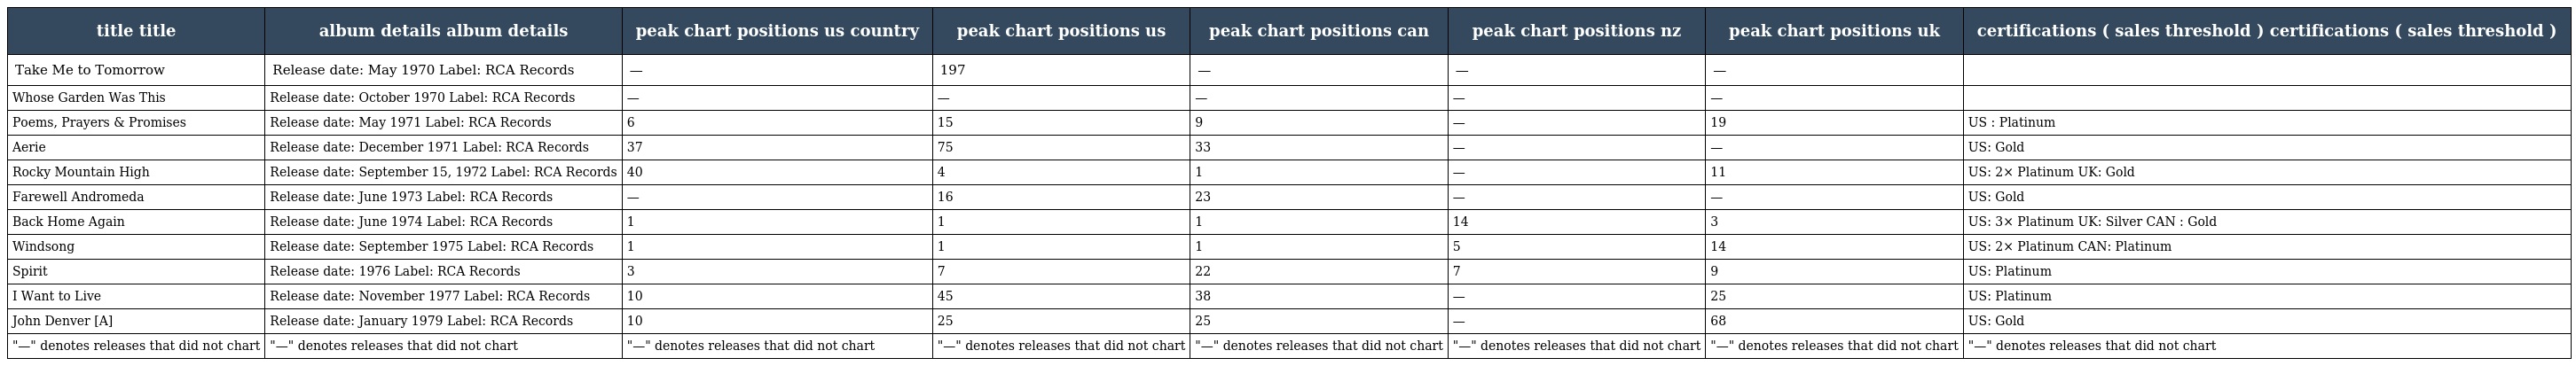
| title title | album details album details | peak chart positions us country | peak chart positions us | peak chart positions can | peak chart positions nz | peak chart positions uk | certifications ( sales threshold ) certifications ( sales threshold ) |
 | --- | --- | --- | --- | --- | --- | --- | --- |
 | Take Me to Tomorrow | Release date: May 1970 Label: RCA Records | — | 197 | — | — | — |  |
 | Whose Garden Was This | Release date: October 1970 Label: RCA Records | — | — | — | — | — |  |
 | Poems, Prayers & Promises | Release date: May 1971 Label: RCA Records | 6 | 15 | 9 | — | 19 | US : Platinum |
 | Aerie | Release date: December 1971 Label: RCA Records | 37 | 75 | 33 | — | — | US: Gold |
 | Rocky Mountain High | Release date: September 15, 1972 Label: RCA Records | 40 | 4 | 1 | — | 11 | US: 2× Platinum UK: Gold |
 | Farewell Andromeda | Release date: June 1973 Label: RCA Records | — | 16 | 23 | — | — | US: Gold |
 | Back Home Again | Release date: June 1974 Label: RCA Records | 1 | 1 | 1 | 14 | 3 | US: 3× Platinum UK: Silver CAN : Gold |
 | Windsong | Release date: September 1975 Label: RCA Records | 1 | 1 | 1 | 5 | 14 | US: 2× Platinum CAN: Platinum |
 | Spirit | Release date: 1976 Label: RCA Records | 3 | 7 | 22 | 7 | 9 | US: Platinum |
 | I Want to Live | Release date: November 1977 Label: RCA Records | 10 | 45 | 38 | — | 25 | US: Platinum |
 | John Denver [A] | Release date: January 1979 Label: RCA Records | 10 | 25 | 25 | — | 68 | US: Gold |
 | "—" denotes releases that did not chart | "—" denotes releases that did not chart | "—" denotes releases that did not chart | "—" denotes releases that did not chart | "—" denotes releases that did not chart | "—" denotes releases that did not chart | "—" denotes releases that did not chart | "—" denotes releases that did not chart |